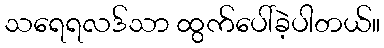
သရေရလဒ်သာ ထွက်ပေါ်ခဲ့ပါတယ်။